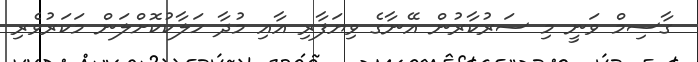
ގާސިމް ވަނީ މި ސަރުކާރުން އޭނާގެ ވިޔަފާރި އާއި މުދާ ހަލާކުކޮށްލަން މަކަރުވެރި